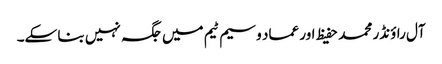
آل راؤنڈر محمد حفیظ اور عماد وسیم ٹیم میں جگہ نہیں بنا سکے۔